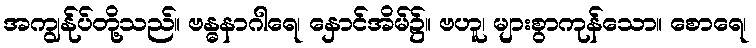
အကျွန်ုပ်တို့သည်။ ဗန္ဓနာဂါရေ၊ နှောင်အိမ်၌။ ဗဟူ၊ များစွာကုန်သော။ စောရေ၊